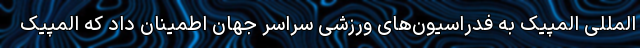
المللی المپیک به فدراسیون‌های ورزشی سراسر جهان اطمینان داد که المپیک